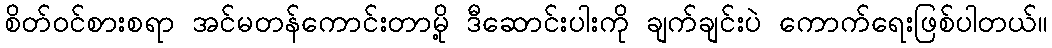
စိတ်ဝင်စားစရာ အင်မတန်ကောင်းတာမို့ ဒီဆောင်းပါးကို ချက်ချင်းပဲ ကောက်ရေးဖြစ်ပါတယ်။